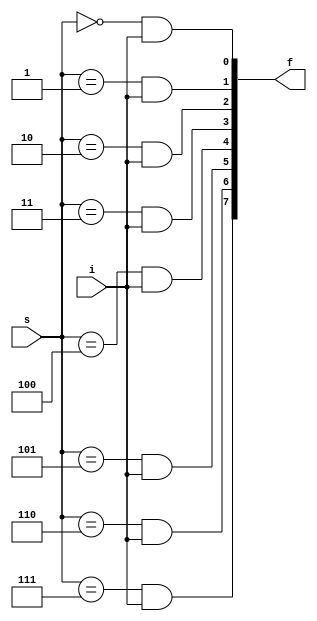
module demul(s,i,f);
  input [2:0]s;
  input i;
  output [7:0]f;
  assign f[0]=(s==0)&i;
  assign f[1]=(s==1)&i;
  assign f[2]=(s==2)&i;
  assign f[3]=(s==3)&i;
  assign f[4]=(s==4)&i;
  assign f[5]=(s==5)&i;
  assign f[6]=(s==6)&i;
  assign f[7]=(s==7)&i;
endmodule